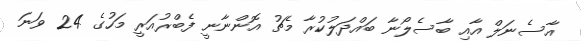
އާސެނަލް އާއި ބާސެލޯނާ ބައްދަލުކުރާ މެޗު އޮންނާނީ ފެބްރުއަރީ މަހުގެ 24 ވަނަ